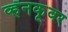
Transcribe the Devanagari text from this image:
व्हॅनकूवर